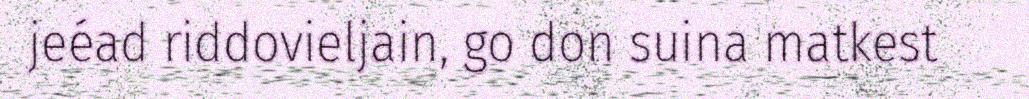
jeéad riddovieljain, go don suina matkest